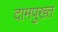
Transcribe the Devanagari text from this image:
दामपुख्त